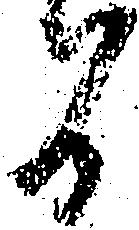
間